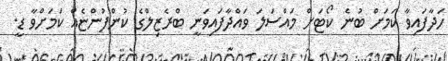
ހަދާފައިވާ ކަމަށް ބުނެ ކޯޓަށް މައްސަލަ ވައްދާފައިވަނީ ބްރެޒިލްގެ ކުންފުންޏެއް ކަމަށްވާ ޑީ.